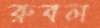
রুবল